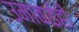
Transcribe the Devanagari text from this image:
उमाबाईही